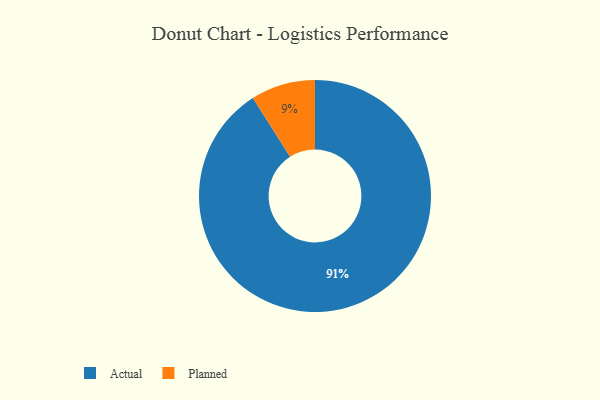
{"axis": {"x": "Category", "y": "Percentage"}, "legend": ["Actual", "Planned"], "data": [{"x": "Actual", "y": 91, "type": "Actual"}, {"x": "Planned", "y": 9, "type": "Planned"}]}